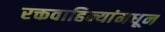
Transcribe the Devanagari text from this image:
रक्तवाहिन्यांमधून